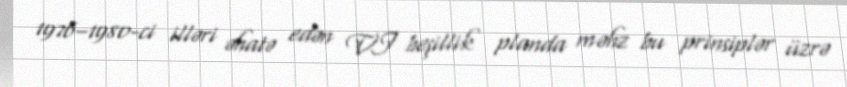
1976–1980-ci illəri əhatə edən VI beşillik planda məhz bu prinsiplər üzrə